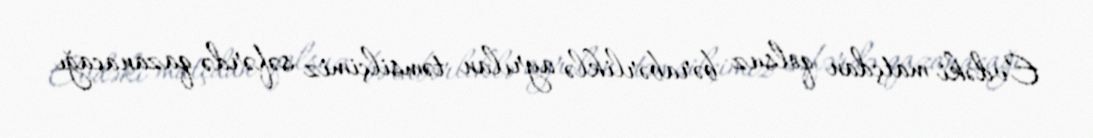
Evdəki matçdan qolsuz bərabərliklə ayrılan təmsilçimiz səfərdə qazanacağı